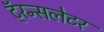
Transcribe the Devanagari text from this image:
टॅ्रन्सलेटर